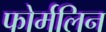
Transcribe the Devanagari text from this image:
फोर्मलिन